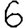
Digit: 6